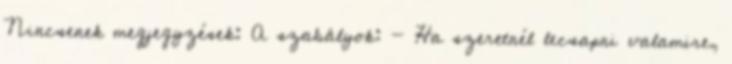
Nincsenek megjegyzések: A szabályok: - Ha szeretnél lecsapni valamire,